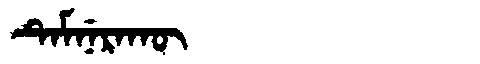
Manchu: ᡨᡝᠮᠨᡝᡵᠠᡴᡡ
Romanization: TEMNERAKŪ